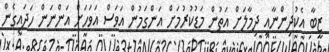
ޒީބާ އެކުދިންނާއި ދިމާލަށް އަތުން މަޑުކުރުމަށް އަންގަމުން އަވަސް އަވަހަށް އަންނަން ހަދައިގެން